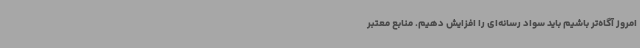
امروز آگاه‌تر باشیم باید سواد رسانه‌ای را افزایش دهیم. منابع معتبر